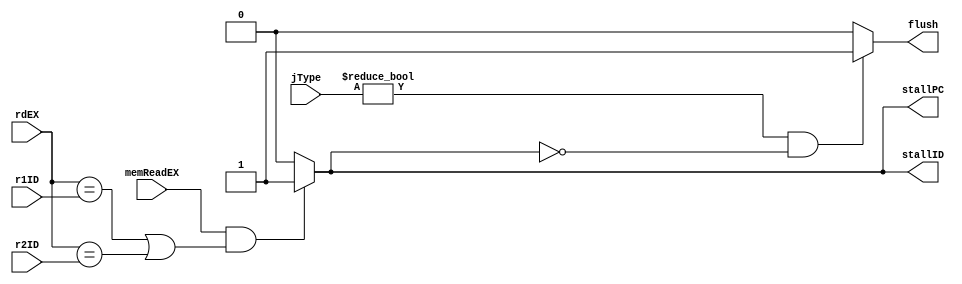
module HazardUnit(
	input [2:0] r1ID,
	input [2:0] r2ID,
	input [2:0] rdEX,
	input [1:0] jType,
	input memReadEX,
	output reg stallID,
	output reg stallPC,
	output reg flush
);
	always @(*) begin
		{stallID, stallPC, flush} = 3'b0;
		// stall
		if (memReadEX && (rdEX == r1ID || rdEX == r2ID))
			{stallID, stallPC} = 2'b11;
		// flush
		if (jType != 2'b00 && ~stallID)
			flush = 1'b1;
	end
endmodule